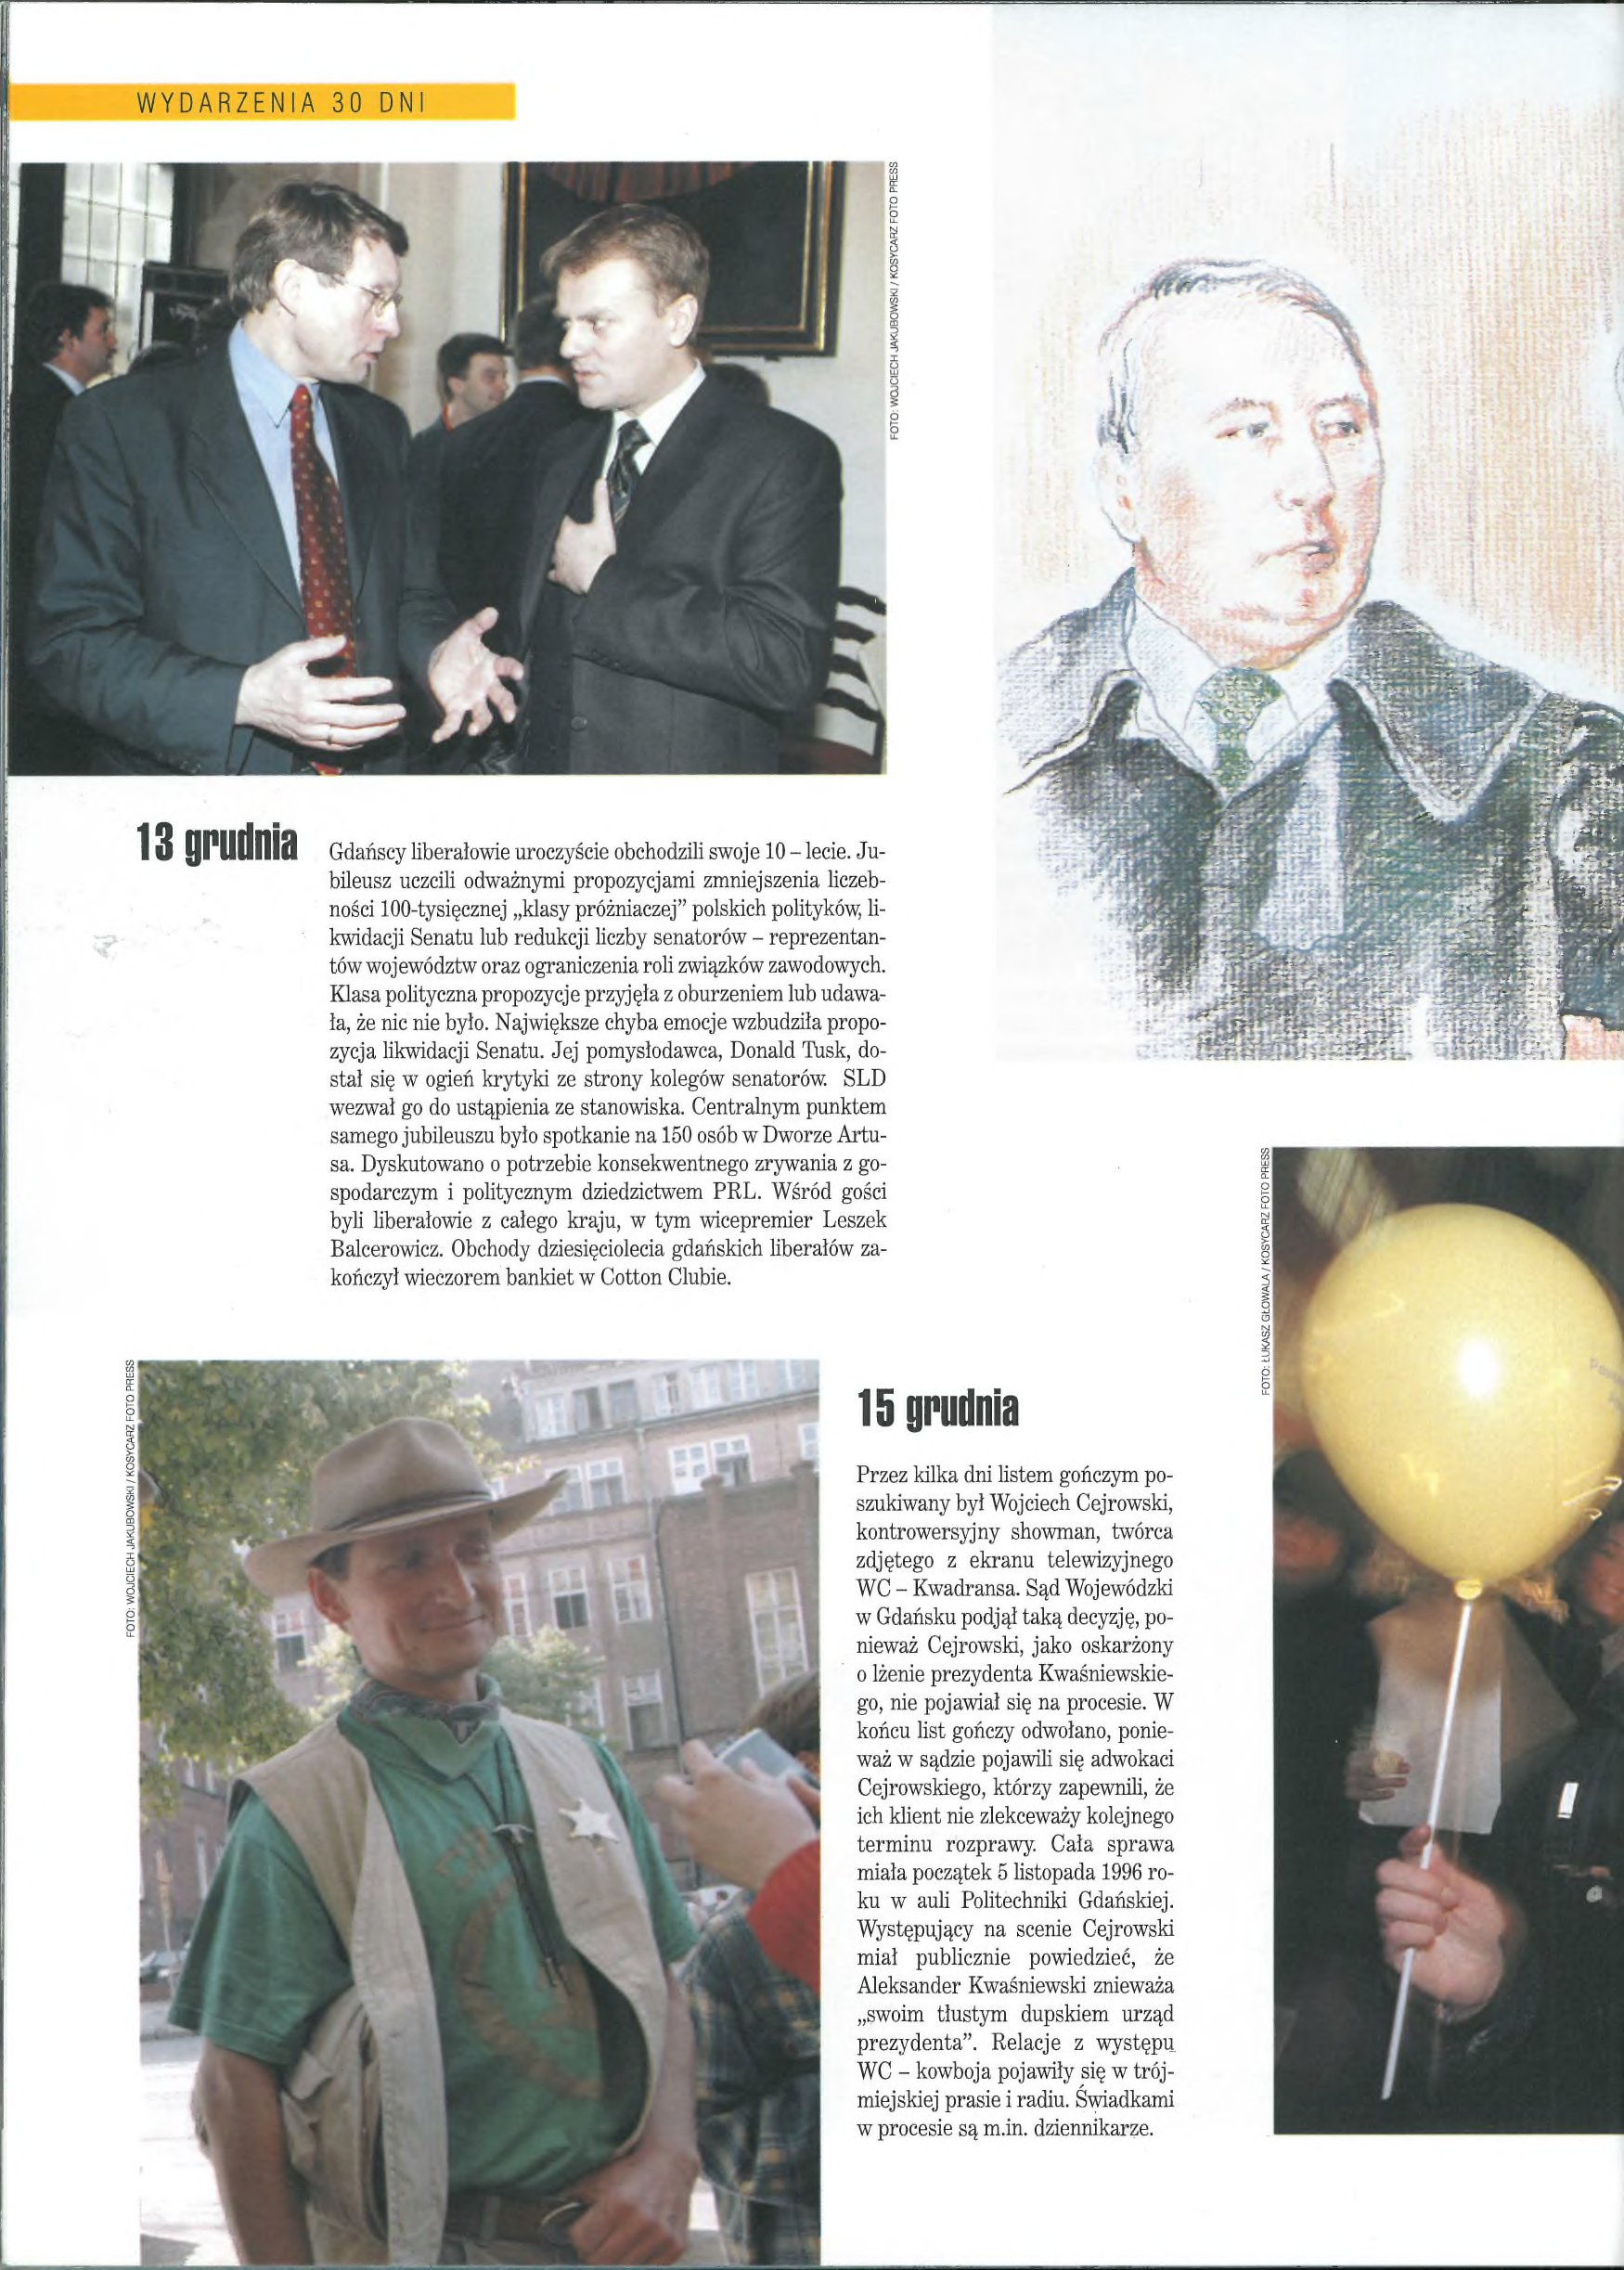
Language: pl